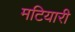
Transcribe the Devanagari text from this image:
मटियारी